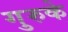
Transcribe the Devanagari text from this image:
गुरुके